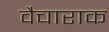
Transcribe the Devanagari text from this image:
वैचाराक